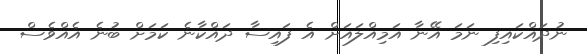
ނުދައްކައިފި ނަމަ އޭނާ އަމިއްލައަށް އެ ފައިސާ ދައްކާނެ ކަމަށް ބުނެ އެއްވެސް